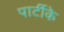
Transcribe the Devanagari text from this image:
पार्टीके